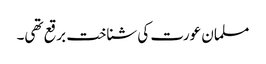
مسلمان عورت کی شناخت برقع تھی۔